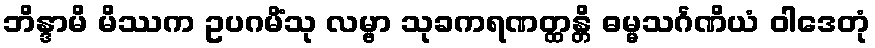
ဘိန္ဒာမိ မိဿက ဥပဂမိံသု လမ္ဗာ သုခကရဏတ္ထန္တိ ဓမ္မသင်္ဂဏိယံ ဝါဒေတုံ